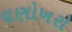
ઘણોખરો